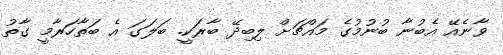
ވާނެއޭ އެބުނާ ބުނުމުގެ މައްޗަށް ލިބިދޭ ބާރަކީ. ބަލަގަ އެ ބަތާހަރާމީ ގާތު